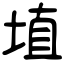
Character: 埴